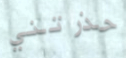
حذرتني